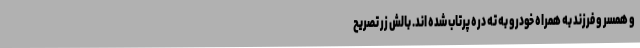
و همسر و فرزند به همراه خودرو به ته دره پرتاب شده اند. بالش زر تصریح